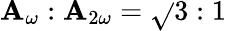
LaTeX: \mathbf{A}_{{\omega}}:\mathbf{A}_{2{\omega}}=\sqrt{}{3}:1